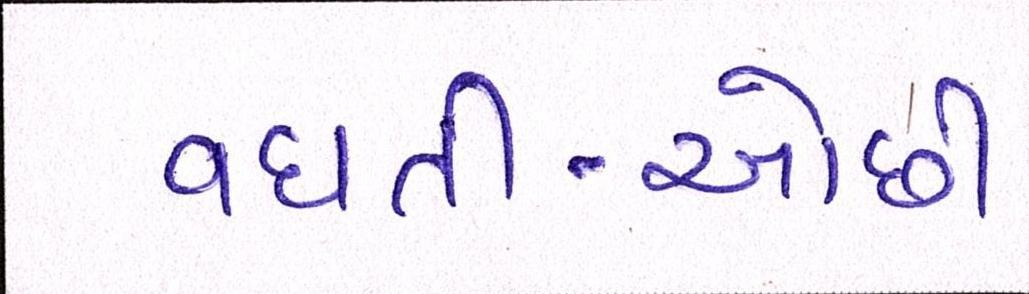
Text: વધતી-ઓછી